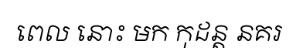
ពេល នោះ មក កុដន្ត នគរ